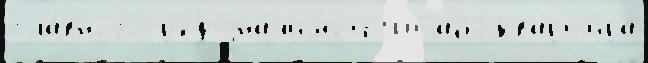
гла́вного р'ед зна́чимой Штаб-кварт'и́ра